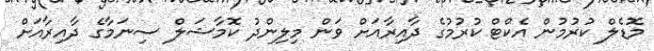
މޮޑެލް ކުރުމުން އެކްޓް ކުރުމުގެ ދާއިރާއަށް ވަން މިލިންދު ކޮމާޝަލް ސިނަމާގެ ދާއިރާއަށް